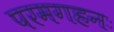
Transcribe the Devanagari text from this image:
परमगहनः